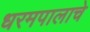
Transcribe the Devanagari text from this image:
धरमपालाचे